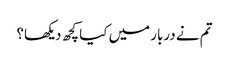
تم نے دربار میں کیا کچھ دیکھا؟